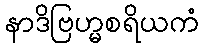
နာဒိဗြဟ္မစရိယကံ